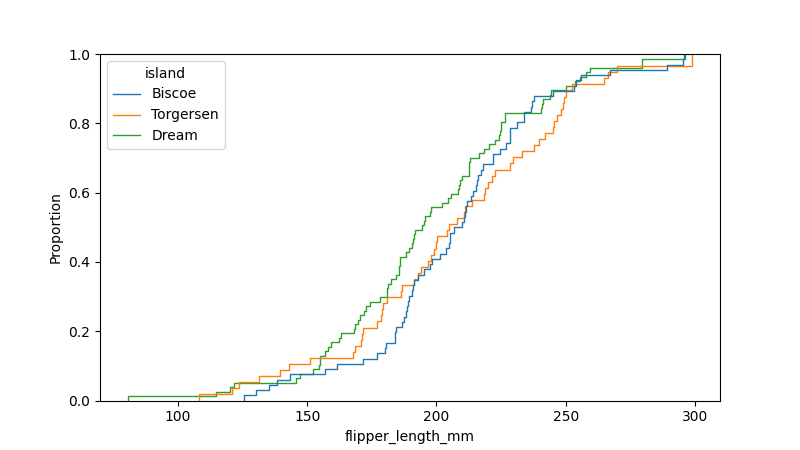
python, seaborn, ecdfplot, column='flipper_length_mm', hue='island', stat='proportion', linewidth=1.0